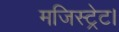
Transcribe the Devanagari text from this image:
मजिस्ट्रेट।